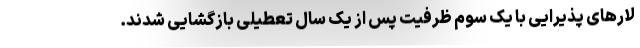
لارهای پذیرایی با یک سوم ظرفیت پس از یک سال تعطیلی بازگشایی شدند.